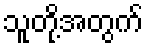
သူတို့အတွက်